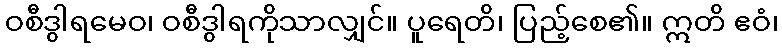
ဝစီဒွါရမေဝ၊ ဝစီဒွါရကိုသာလျှင်။ ပူရေတိ၊ ပြည့်စေ၏။ ဣတိ ဧဝံ၊